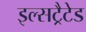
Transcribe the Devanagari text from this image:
इल्सट्रैटेड